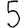
Digit: 5